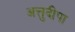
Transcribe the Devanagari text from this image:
अत्तुदीपा